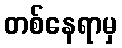
တစ်နေရာမှ